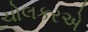
ચોલકરએ